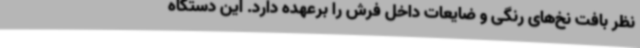
نظر بافت نخ‌های رنگی و ضایعات داخل فرش را برعهده دارد. این دستگاه